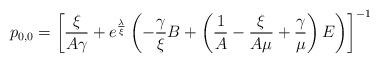
LaTeX: \begin{align*} p_{0,0} = \left[ \frac{\xi}{A\gamma} + e^{\frac{\lambda}{\xi}}\left(-\frac{\gamma}{\xi}B + \left( \frac{1}{A} - \frac{\xi}{A\mu} + \frac{\gamma}{\mu}\right)E \right) \right]^{-1}\end{align*}